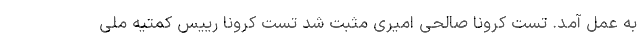
به عمل آمد. تست کرونا صالحی امیری مثبت شد تست کرونا رییس کمتیه ملی